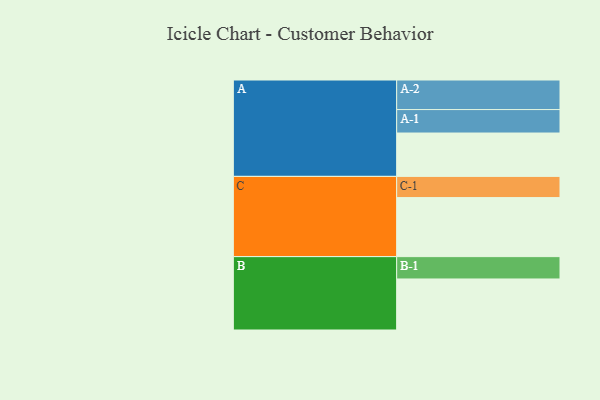
{"axis": {"x": "Segment", "y": "Value"}, "legend": ["", "A", "B", "C"], "data": [{"x": "A", "y": 390, "type": ""}, {"x": "B", "y": 459, "type": ""}, {"x": "C", "y": 531, "type": ""}, {"x": "A-1", "y": 211, "type": "A"}, {"x": "A-2", "y": 266, "type": "A"}, {"x": "B-1", "y": 201, "type": "B"}, {"x": "C-1", "y": 191, "type": "C"}]}